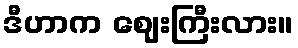
ဒီဟာက ဈေးကြီးလား။